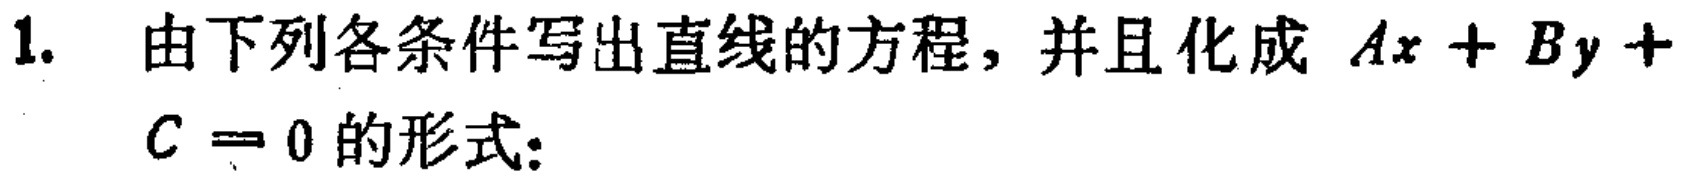
1. 由下列各条件写出直线的方程，并且化成 \(Ax + By + C = 0\) 的形式：